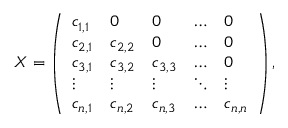
X = \left( \begin{array} { l l l l l } { c _ { 1 , 1 } } & { 0 } & { 0 } & { \dots } & { 0 } \\ { c _ { 2 , 1 } } & { c _ { 2 , 2 } } & { 0 } & { \dots } & { 0 } \\ { c _ { 3 , 1 } } & { c _ { 3 , 2 } } & { c _ { 3 , 3 } } & { \dots } & { 0 } \\ { \vdots } & { \vdots } & { \vdots } & { \ddots } & { \vdots } \\ { c _ { n , 1 } } & { c _ { n , 2 } } & { c _ { n , 3 } } & { \dots } & { c _ { n , n } } \end{array} \right) ,